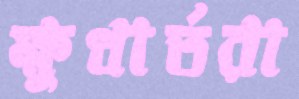
ক্ষুধার্তরা